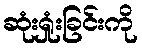
ဆုံးရှုံးခြင်းကို